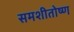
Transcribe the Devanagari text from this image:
समशीतोष्‍ण